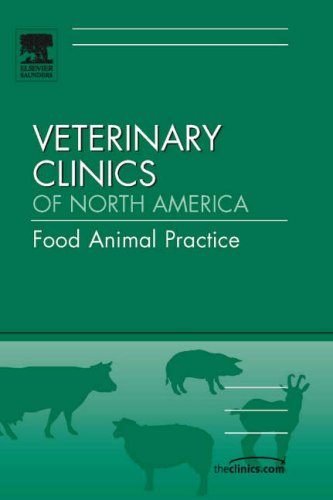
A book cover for Parasitology, An Issue of Veterinary Clinics: Food Animal Practice, 1e (The Clinics: Veterinary Medicine); Lora A. Ballweber DVM  MS; Medical Books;